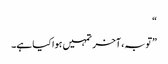
“
”توبہ، آخر تمہیں ہوا کیا ہے۔